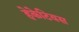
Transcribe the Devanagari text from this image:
हेकेटियस